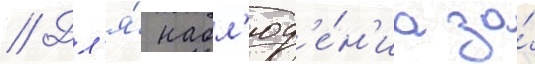
// Дл'я́ набл'юд'е́н'иа за́